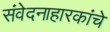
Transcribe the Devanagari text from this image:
संवेदनाहारकांचे